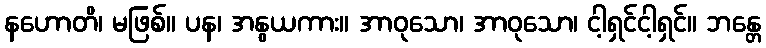
နဟောတိ၊ မဖြစ်။ ပန၊ အနွယကား။ အာဝုသော၊ အာဝုသော၊ ငါ့ရှင်ငါ့ရှင်။ ဘန္တေ